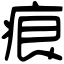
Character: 痕